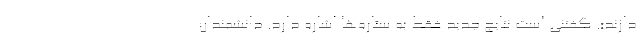
دازند». گفتنی است نتایج جدید فقط به ستاره‌ها اشاره دارد. دانشمندان